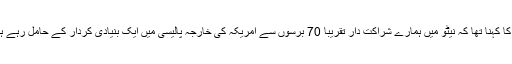
ان کا کہنا تھا کہ نیٹو میں ہمارے شراکت دار تقریباً 70 برسوں سے امریکہ کی خارجہ پالیسی میں ایک بنیادی کردار کے حامل رہے ہیں۔